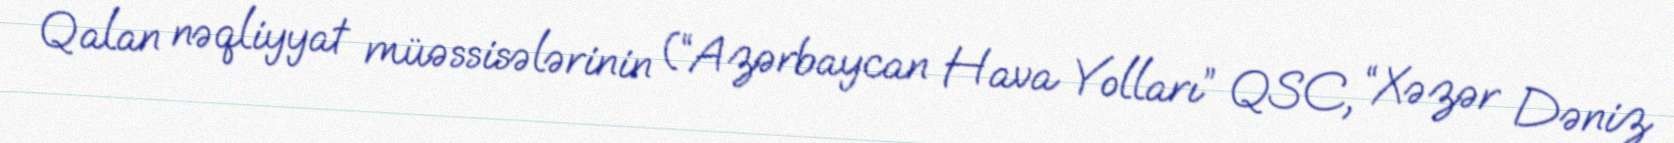
Qalan nəqliyyat müəssisələrinin (“Azərbaycan Hava Yolları” QSC, “Xəzər Dəniz